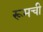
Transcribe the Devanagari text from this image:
रूमची